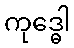
ကုဒ္ဓေါ